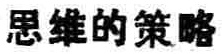
思维的策略